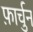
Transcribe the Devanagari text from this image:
फ़ार्चुन